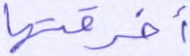
أخرقتها